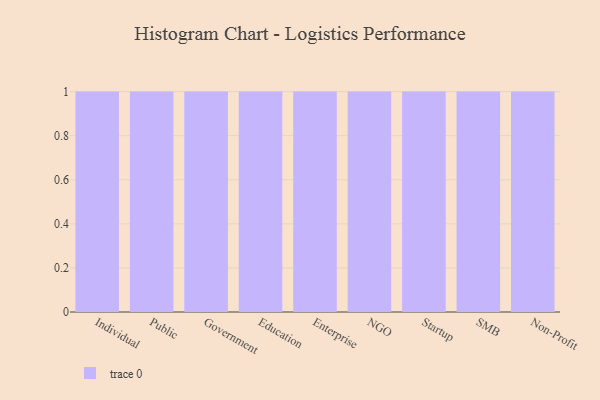
{"axis": {"x": "Segment", "y": "Churn Rate (%)"}, "legend": [""], "data": [{"x": "Individual", "y": 19, "type": ""}, {"x": "Public", "y": 72, "type": ""}, {"x": "Government", "y": 47, "type": ""}, {"x": "Education", "y": 33, "type": ""}, {"x": "Enterprise", "y": 12, "type": ""}, {"x": "NGO", "y": 31, "type": ""}, {"x": "Startup", "y": 85, "type": ""}, {"x": "SMB", "y": 95, "type": ""}, {"x": "Non-Profit", "y": 73, "type": ""}]}